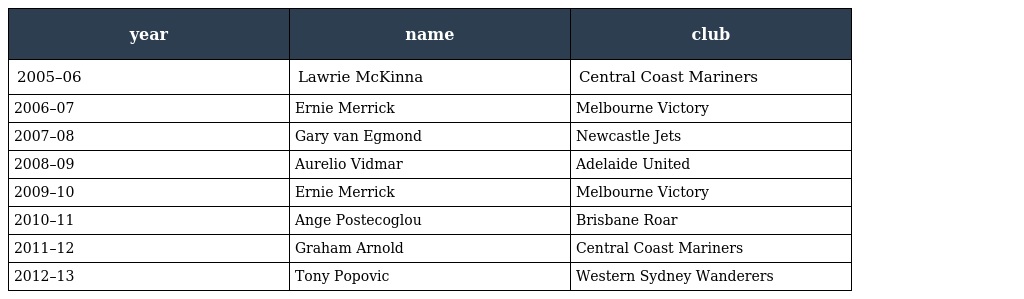
| year | name | club |
 | --- | --- | --- |
 | 2005–06 | Lawrie McKinna | Central Coast Mariners |
 | 2006–07 | Ernie Merrick | Melbourne Victory |
 | 2007–08 | Gary van Egmond | Newcastle Jets |
 | 2008–09 | Aurelio Vidmar | Adelaide United |
 | 2009–10 | Ernie Merrick | Melbourne Victory |
 | 2010–11 | Ange Postecoglou | Brisbane Roar |
 | 2011–12 | Graham Arnold | Central Coast Mariners |
 | 2012–13 | Tony Popovic | Western Sydney Wanderers |